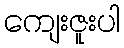
ကျေးဇူးပါ